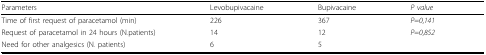
<table><thead><tr><td><b>Parameters</b></td><td><b>Levobupivacaine</b></td><td><b>Bupivacaine</b></td><td><b><i>P value</i></b></td></tr></thead><tbody><tr><td>Time of first request of paracetamol (min)</td><td>226</td><td>367</td><td><i>P</i>=<i>0</i>,<i>141</i></td></tr><tr><td>Request of paracetamol in 24 hours (N.patients)</td><td>14</td><td>12</td><td><i>P</i>=<i>0</i>,<i>852</i></td></tr><tr><td>Need for other analgesics (N. patients)</td><td>6</td><td>5</td><td></td></tr></tbody></table>